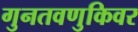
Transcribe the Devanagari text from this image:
गुनतवणुकिवर